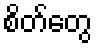
စိတ်တွေ